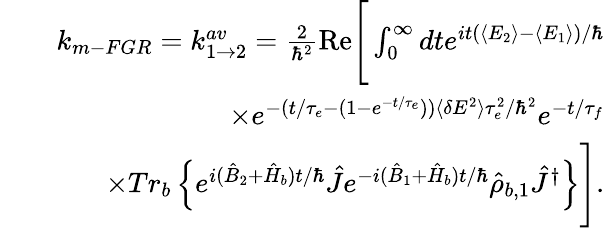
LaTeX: \begin{array}{rlr}&{}&{k_{m-FGR}=k_{1\rightarrow 2}^{av}=\frac{2}{\hbar^{2}}\mathrm{Re}\Bigg[\int_{0}^{\infty}dte^{it(\langle E_{2}\rangle-\langle E_{1}\rangle)/\hbar}}\\ &{}&{\times e^{-(t/\tau_{e}-(1-e^{-t/\tau_{e}}))\langle\delta E^{2}\rangle\tau_{e}^{2}/\hbar^{2}}e^{-t/\tau_{f}}}\\ &{}&{\times Tr_{b}\left\{ e^{i(\hat{B}_{2}+\hat{H}_{b})t/\hbar}\hat{J}e^{-i(\hat{B}_{1}+\hat{H}_{b})t/\hbar}\hat{\rho}_{b,1}\hat{J}^{\dagger}\right\} \Bigg].}\end{array}